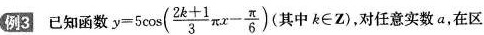
Ca已知函数y $$y=5 \cos ( \frac{2k+1}{3} \pi x- \frac{ \pi }{6})($$ 其中A∈Z)，对任意实数a，在区